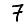
Digit: 7